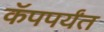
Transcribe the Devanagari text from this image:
कॅपपर्यंत